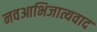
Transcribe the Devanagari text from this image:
नवआभिजात्यवाद